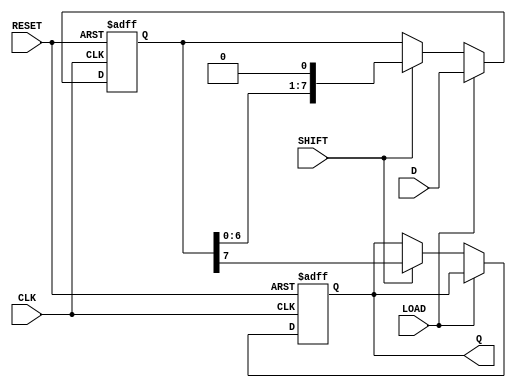
module PISO_Register #(
    parameter WIDTH = 8 // Configurable width of the register
)(
    input wire [WIDTH-1:0] D,     // Parallel Data Input
    input wire LOAD,               // Load Control Signal
    input wire CLK,                // Clock Signal
    input wire SHIFT,              // Shift Control Signal
    input wire RESET,              // Reset Control Signal
    output reg Q                  // Serial Output
);

    reg [WIDTH-1:0] shift_reg;     // Internal shift register

    // Asynchronous Reset and Load Logic
    always @(posedge CLK or posedge RESET) begin
        if (RESET) begin
            shift_reg <= {WIDTH{1'b0}}; // Clear the register on reset
            Q <= 1'b0;                  // Reset serial output
        end else if (LOAD) begin
            shift_reg <= D;             // Load parallel data into the shift register
        end else if (SHIFT) begin
            Q <= shift_reg[WIDTH-1];    // Output the MSB to Q
            shift_reg <= {shift_reg[WIDTH-2:0], 1'b0}; // Shift left
        end
    end

endmodule